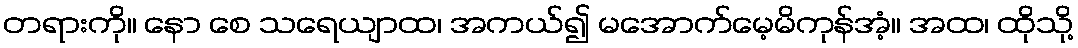
တရားကို။ နော စေ သရေယျာထ၊ အကယ်၍ မအောက်မေ့မိကုန်အံ့။ အထ၊ ထိုသို့